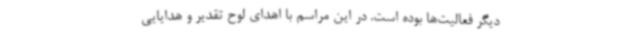
دیگر فعالیت‌ها بوده است. در این مراسم با اهدای لوح تقدیر و هدایایی